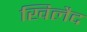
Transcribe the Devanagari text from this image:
खिलैद